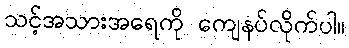
သင့်အသားအရေကို ကျေနပ်လိုက်ပါ။